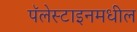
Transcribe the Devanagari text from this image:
पॅलेस्टाइनमधील